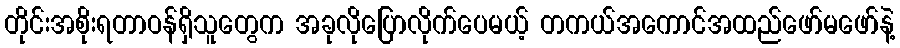
တိုင်းအစိုးရတာဝန်ရှိသူတွေက အခုလိုပြောလိုက်ပေမယ့် တကယ်အကောင်အထည်ဖော်မဖော်နဲ့